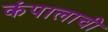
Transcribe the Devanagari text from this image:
कंपालाची